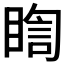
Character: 𭿈